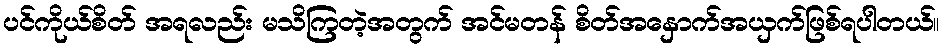
ပင်ကိုယ်စိတ် အရလည်း မသိကြတဲ့အတွက် အင်မတန် စိတ်အနှောက်အယှက်ဖြစ်ရပါတယ်။